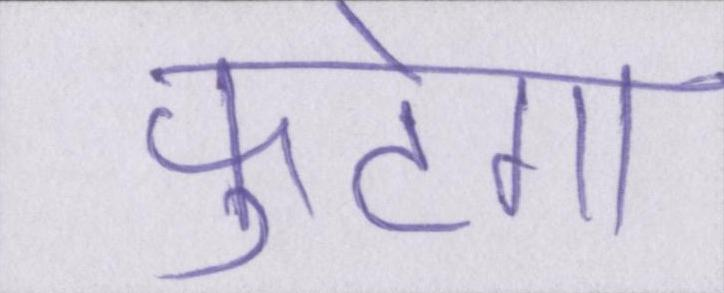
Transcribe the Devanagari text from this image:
फूटेगा